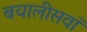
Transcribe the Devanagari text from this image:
बयालीसवाँ